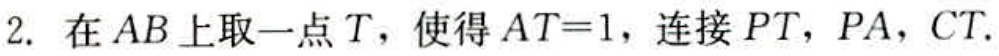
2. 在\(AB\)上取一点\(T\)，使得\(AT = 1\)，连接\(PT\)，\(PA\)，\(CT\).